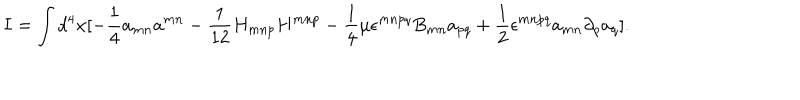
LaTeX: I = \int d ^ { 4 } x [ - \frac { 1 } { 4 } a _ { m n } a ^ { m n } - \frac { 1 } { 1 2 } H _ { m n p } H ^ { m n p } - \frac { 1 } { 4 } \mu \epsilon ^ { m n p q } B _ { m n } a _ { p q } + \frac { 1 } { 2 } \epsilon ^ { m n p q } a _ { m n } \partial _ { p } a _ { q } ] .